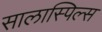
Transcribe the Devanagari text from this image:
सालास्पिल्स